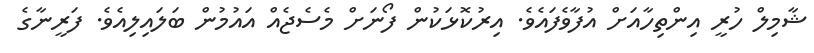
ޝާމިލް ހުރީ އިންތިހާއަށް އުފާވެފައެވެ. އިރުކޮޅަކުން ފޯނަށް މެސެޖެއް އައުމުން ބަލައިލިއެވެ. ފަރީނާގެ